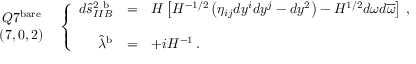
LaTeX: \begin{array} { c } { { Q 7 ^ { \mathrm { b a r e } } } } \\ { { ( 7 , 0 , 2 ) } } \end{array} \, \, \, \left\{ \begin{array} { r c l } { { d \hat { s } _ { I I B } ^ { 2 \ \mathrm { b } } } } & { { = } } & { { H \left[ H ^ { - 1 / 2 } \left( \eta _ { i j } d y ^ { i } d y ^ { j } - d y ^ { 2 } \right) - H ^ { 1 / 2 } d \omega d \overline { { { \omega } } } \right] \, , } } \\ { { } } & { { } } & { { } } \\ { { \hat { \lambda } ^ { \mathrm { b } } } } & { { = } } & { { + i H ^ { - 1 } \, . } } \end{array} \right.